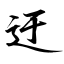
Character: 迂